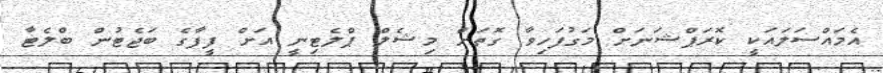
އެމައްސަލައަކީ ކޮރަޕްޝަނަށް މަގުފަހިވާ ގޮތަށް މިޝެލް ޕްލެޓިނީ އަށް ފީފާގެ ބަޖެޓުން ބްލެޓާ